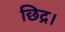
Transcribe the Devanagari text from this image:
छिद्र।